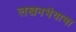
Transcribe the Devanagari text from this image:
लखनभैयाचा